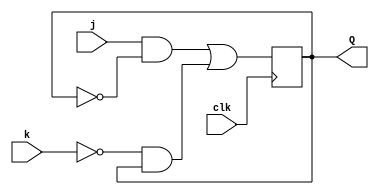
module top_module (
    input clk,
    input j,
    input k,
    output reg Q); 
    
    always @ (posedge clk)
        begin
            Q <= (j & (~Q)) | (~k & Q);  //This is nothing but Characteristic equation of JK Flipflop
        end

endmodule